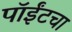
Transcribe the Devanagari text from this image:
पॉईंटचा